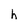
Character: h